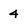
Character: 4